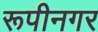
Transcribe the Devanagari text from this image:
रूपीनगर